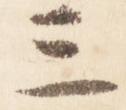
三